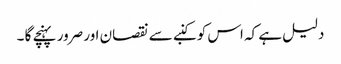
دلیل ہے کہ اس کو کنبے سے نقصان اور صرور پہنچے گا ۔